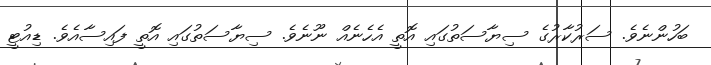
ބަހުންނެވެ. ސަރުކާރުގެ ސިޔާސަތުގައި އޮތީ އެހެނެއް ނޫނެވެ. ސިޔާސަތުގައި އޮތީ ފައިސާއެވެ. ޑިއުޓީ